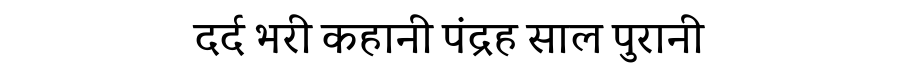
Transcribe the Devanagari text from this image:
दर्द भरी कहानी पंद्रह साल पुरानी